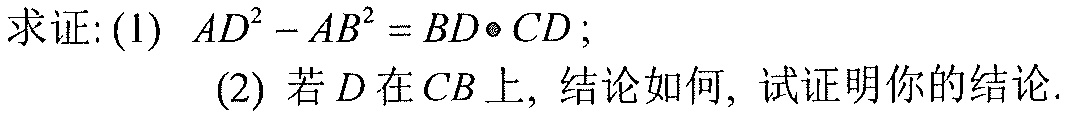
求证: (1) \(AD^{2}-AB^{2}=BD\bullet CD\);
(2) 若\(D\)在\(CB\)上, 结论如何, 试证明你的结论.